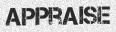
APPRAISE